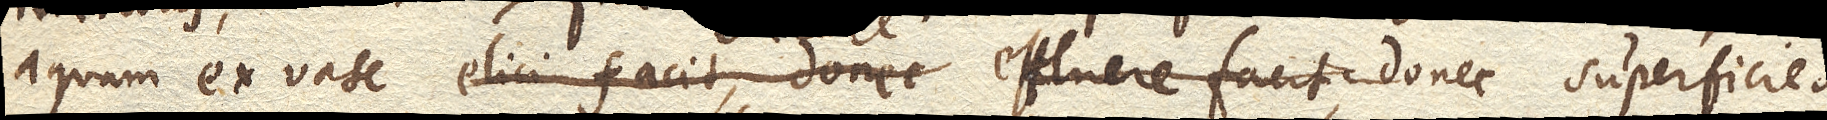
aquam ex vase elici facit, donec effluere facit elicere, donec superficies